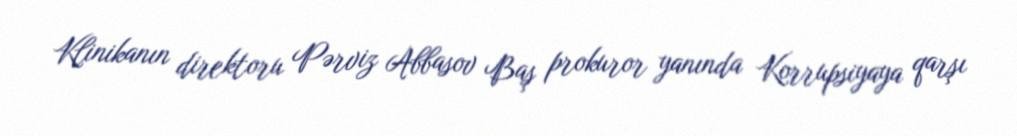
Klinikanın direktoru Pərviz Abbasov Baş prokuror yanında Korrupsiyaya qarşı